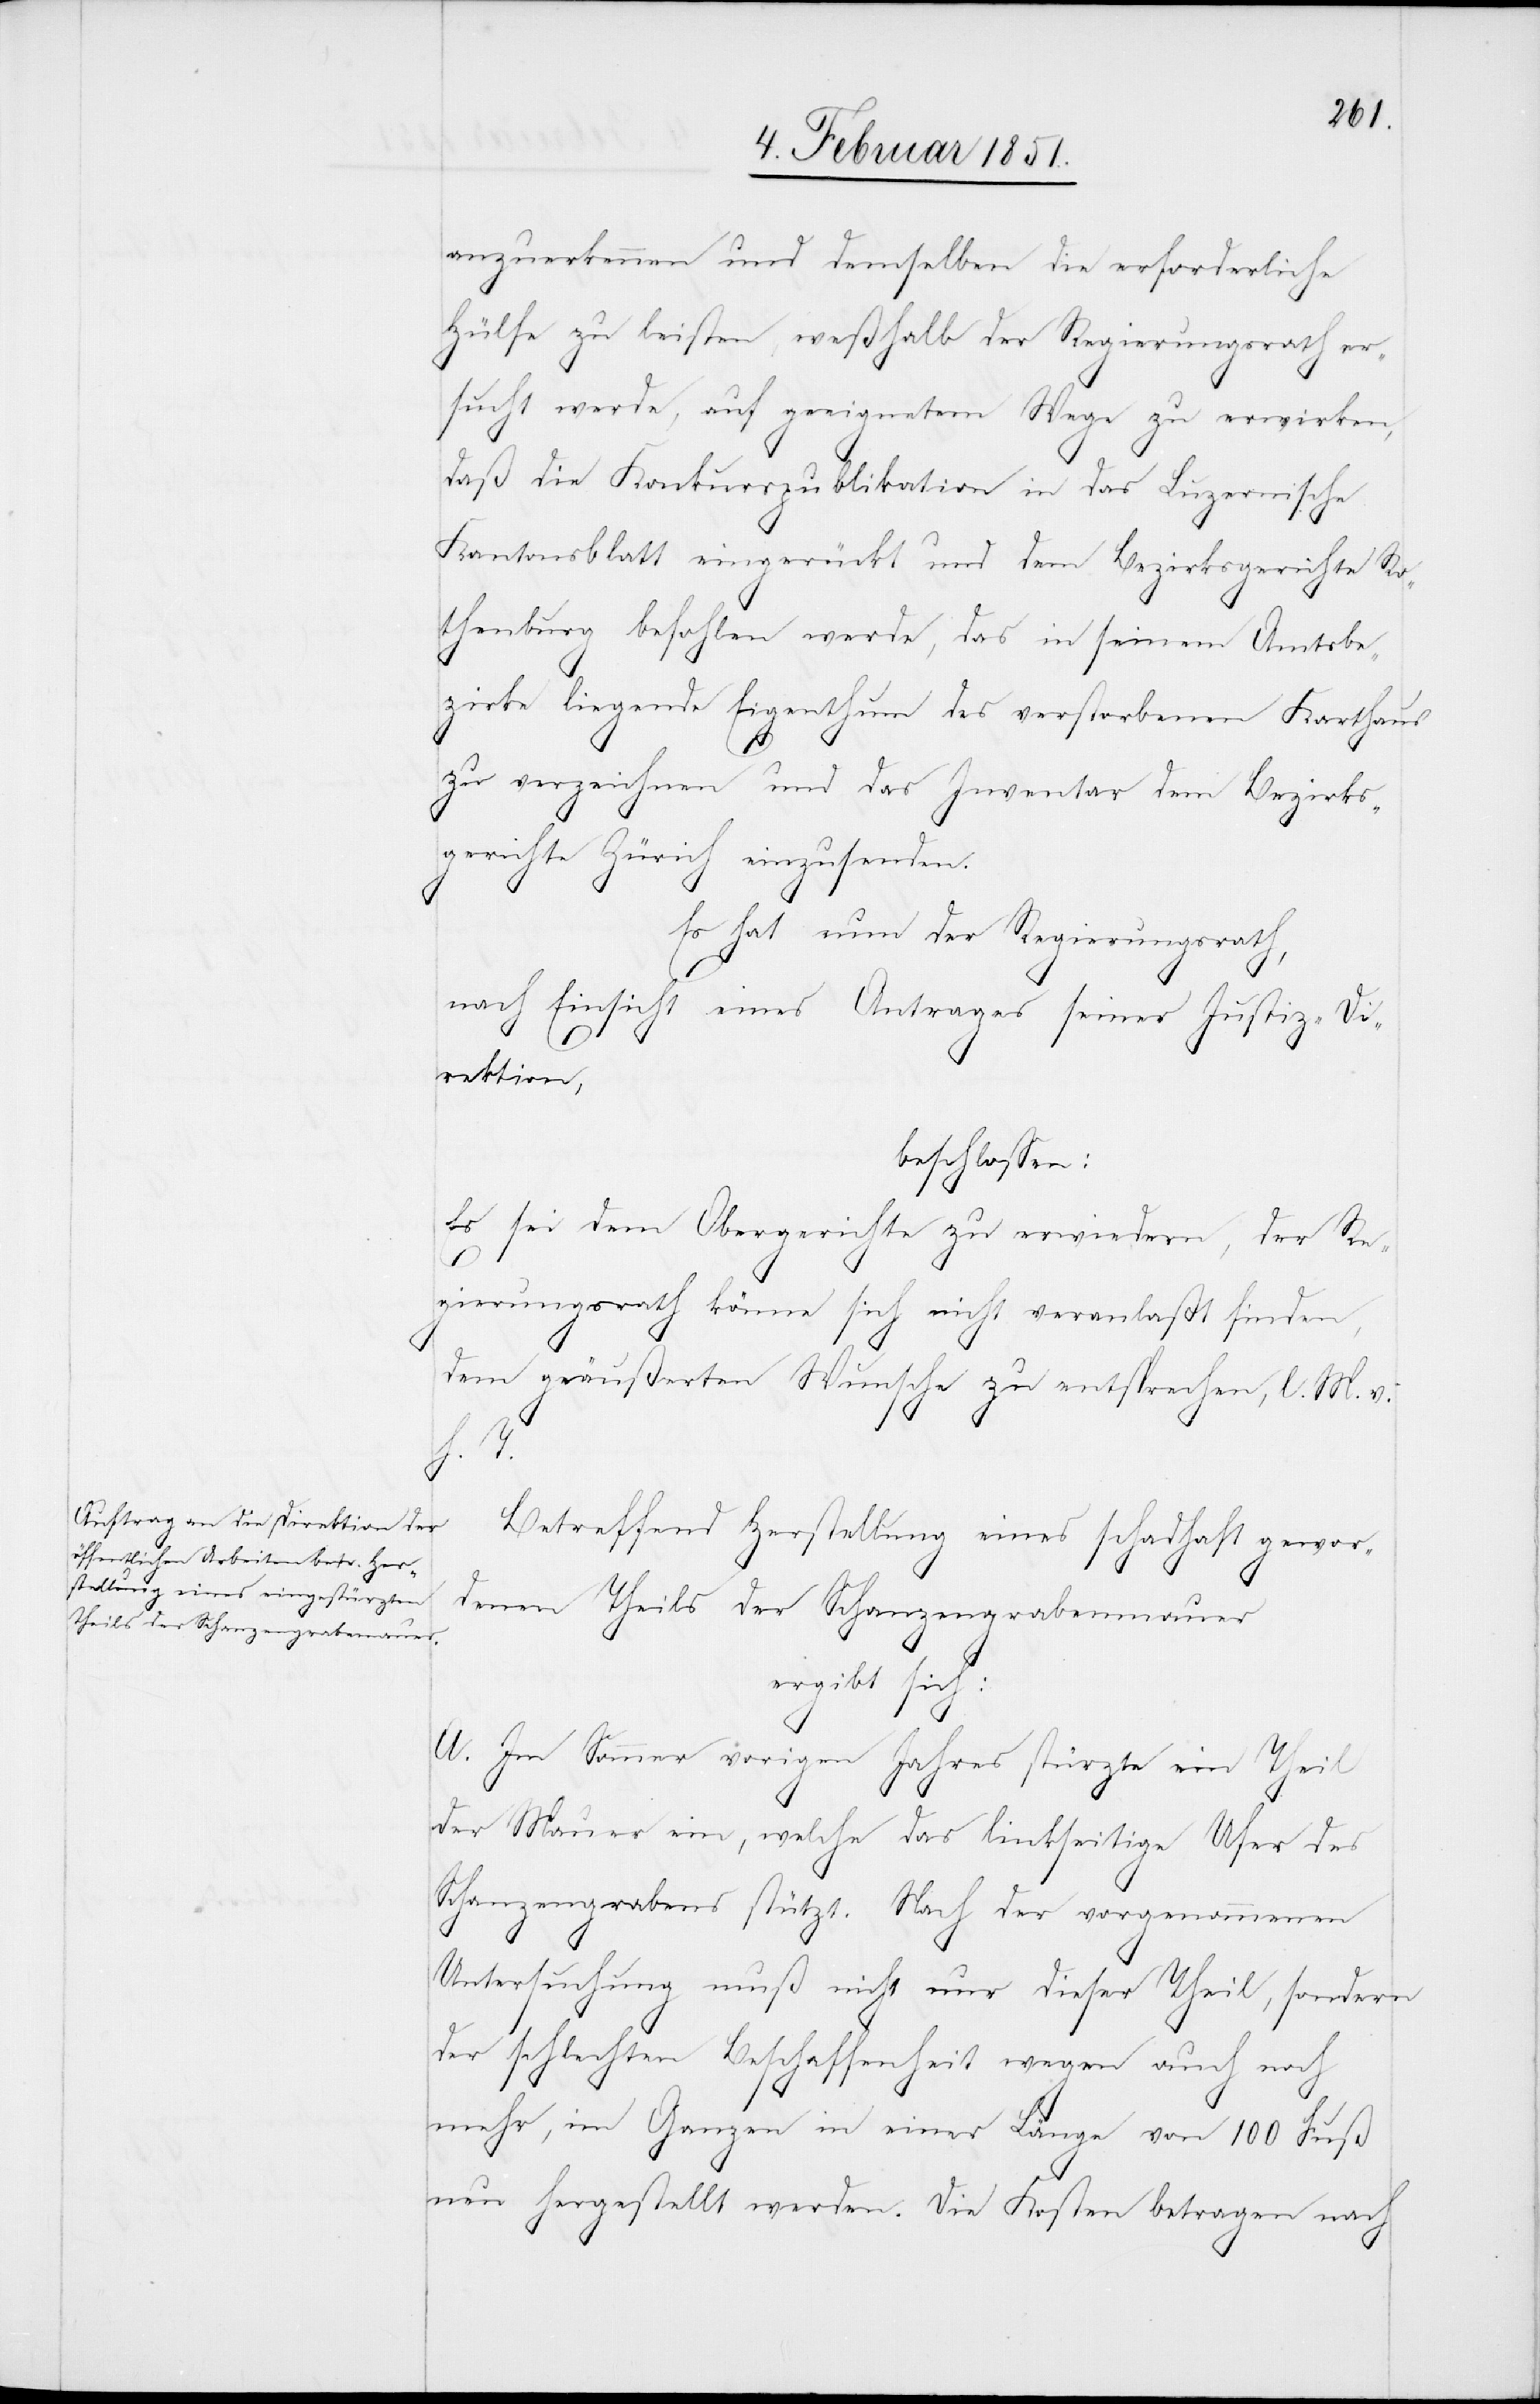
anzuerkennen und demselben die erforderliche
Hülfe zu leisten, weßhalb der Regierungsrath er¬
sucht werde, auf geeignetem Wege zu erwirken,
daß die Konkurspublikation in das Luzernische
Kantonsblatt eingerückt und dem Bezirksgerichte Ro¬
thenburg befohlen werde, das in seinem Amtsbe¬
zirke liegende Eigenthum des verstorbenen Karthaus
zu verzeichnen und das Inventar dem Bezirks¬
gerichte Zürich einzusenden.
Es hat nun der Regierungsrath,
nach Einsicht eines Antrages seiner Justiz-Di¬
rektion,
beschlossen:
Es sei dem Obergerichte zu erwiedern, der Re¬
gierungsrath könne sich nicht veranlaßt finden,
dem geäußerten Wunsche zu entsprechen, l. M. v.
h. T.
Betreffend Herstellung eines schadhaft gewor¬
denen Theils der Schanzengrabenmauer
ergibt sich:
A. Im Sommer vorigen Jahres stürzte ein Theil
der Mauer ein, welche das linkseitige Ufer des
Schanzengrabens stützt. Nach der vorgenommenen
Untersuchung muß nicht nur dieser Theil, sondern
der schlechten Beschaffenheit wegen auch noch
mehr, im Ganzen in einer Länge von 100 Fuß
neu hergestellt werden. Die Kosten betragen nach